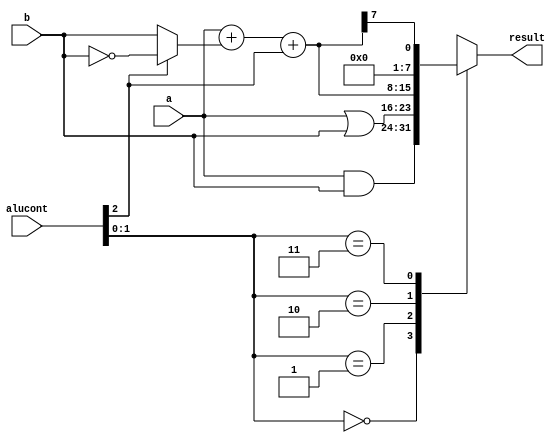
`timescale 1ns/10ps
module alu (a, b, alucont, result) ;

   input  [7:0] a, b ;
   input  [2:0] alucont ;
   output [7:0] result ;

   reg    [7:0] result ;
   wire   [7:0] b2, sum, slt ;

   assign b2 = alucont[2] ? ~b:b ; 
   assign sum = a + b2 + alucont[2] ;
   // slt should be 1 if most significant bit of sum is 1
   assign slt = sum[7] ;

   always@(*)
      case(alucont[1:0])
         2'b00: result <= a & b ;
         2'b01: result <= a | b ;
         2'b10: result <= sum ;
         2'b11: result <= slt ;
      endcase

endmodule